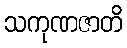
သကုဏဇာတိ